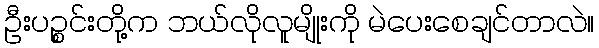
ဦးပဉ္စင်းတို့က ဘယ်လိုလူမျိုးကို မဲပေးစေချင်တာလဲ။